Civil Veterinary Department Bihar reports 1936-40 - 1936-1940
Year: 1936
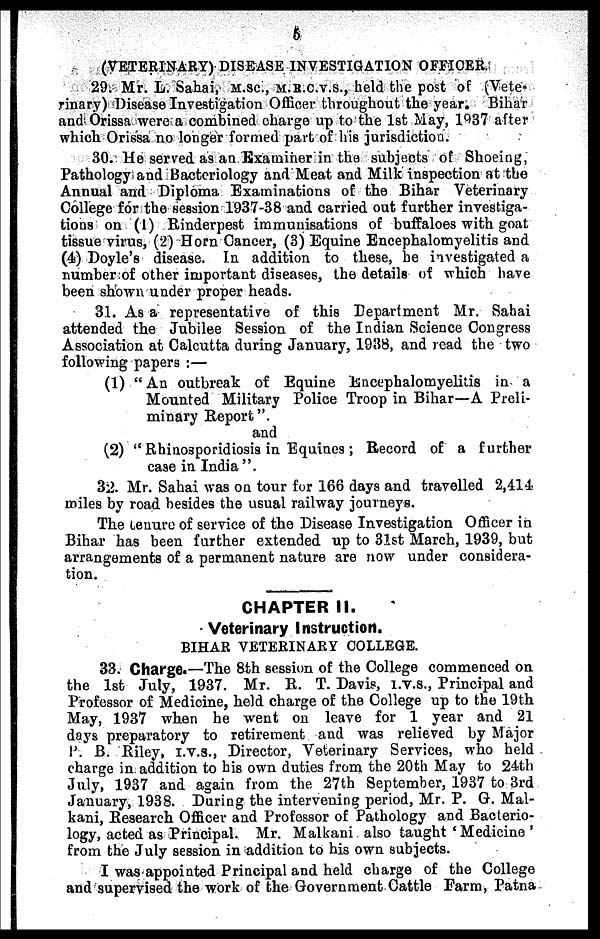
6
(VETERINARY) DISEASE INVESTIGATION OFFICER.
29. Mr. L. Sahai, M.sc., M.R.C.V.S., held the post of (Vete-
rinary) Disease Investigation Officer throughout the year. Bihar
and Orissa were a combined charge up to the 1st May, 1937 after
which Orissa no longer formed part of his jurisdiction.
30. He served as an Examiner in the subjects of Shoeing,
Pathology and Bacteriology and Meat and Milk inspection at the
Annual and Diploma Examinations of the Bihar Veterinary
College for the session 1937-38 and carried out further investiga-
tions on (1) Rinderpest immunisations of buffaloes with goat
tissue virus, (2) Horn Cancer, (3) Equine Encephalomyelitis and
(4) Doyle's disease. In addition to these, he investigated a
number of other important diseases, the details of which have
been shown under proper heads.
31. As a representative of this Department Mr. Sahai
attended the Jubilee Session of the Indian Science Congress
Association at Calcutta during January, 1938, and read the two
following papers:—
(1) "An outbreak of Equine Encephalomyelitis in a
Mounted Military Police Troop in Bihar—A Preli-
minary Report".
and
(2) "Rhinosporidiosis in Equines; Record of a further
case in India''.
32. Mr. Sahai was on tour for 166 days and travelled 2,414
miles by road besides the usual railway journeys.
The tenure of service of the Disease Investigation Officer in
Bihar has been further extended up to 31st March, 1939, but
arrangements of a permanent nature are now under considera-
tion.
CHAPTER II.
Veterinary Instruction.
BIHAR VETERINARY COLLEGE.
33. Charge.—The 8th session of the College commenced on
the 1st July, 1937. Mr. R. T. Davis, I.v.s., Principal and
Professor of Medicine, held charge of the College up to the 19th
May, 1937 when he went on leave for 1 year and 21
days preparatory to retirement and was relieved by Major
P. B. Riley, I.V.S., Director, Veterinary Services, who held
charge in addition to his own duties from the 20th May to 24th
July, 1937 and again from the 27th September, 1937 to 3rd
January, 1938. During the intervening period, Mr. P. G. Mal-
kani, Research Officer and Professor of Pathology and Bacterio-
logy, acted as Principal. Mr. Malkani also taught 'Medicine'
from the July session in addition to his own subjects.
I was appointed Principal and held charge of the College
and supervised the work of the Government Cattle Farm, Patna